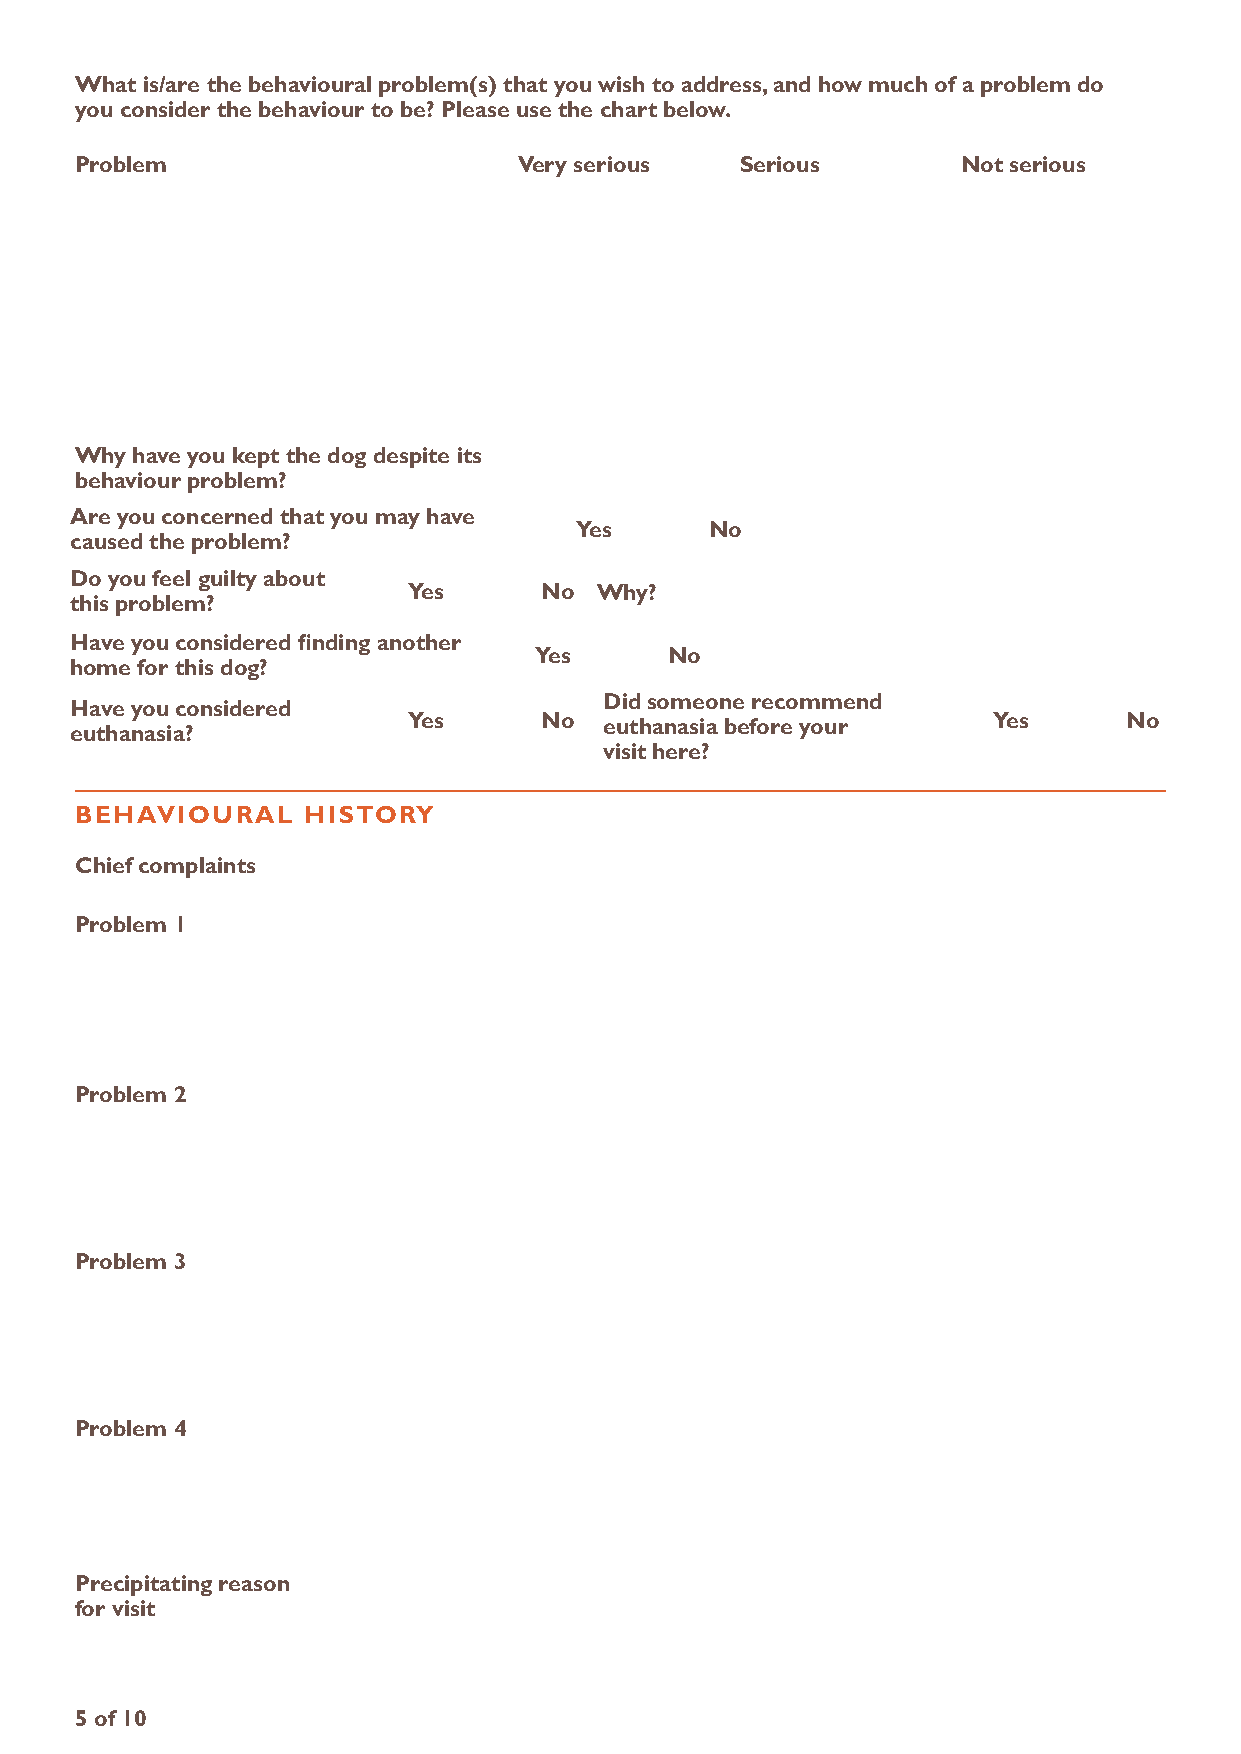
What is/are the behavioural problem(s) that you wish to address, and how much of a problem do
 you consider the behaviour to be? Please use the chart below.
 Problem                      very serious   Serious        not serious
 Why have you kept the dog despite its
 behaviour problem?
 are you concerned that you may have
 Yes      no
 caused the problem?
 Do you feel guilty about
 Yes      no Why?
 this problem?
 have you considered finding another
 Yes      no
 home for this dog?
 Did someone recommend
 have you considered
 Yes      no  euthanasia before your    Yes      no
 euthanasia?
 visit here?
 behaviouraL    hiStor  Y
 Chief complaints
 Problem 1
 Problem 2
 Problem 3
 Problem 4
 Precipitating reason
 for visit
 5 of 10